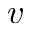
v